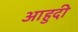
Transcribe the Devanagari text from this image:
आहुदी